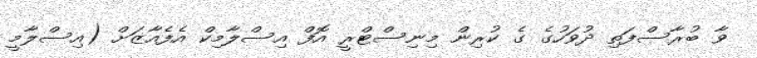
ވާ ބުރާސްފަތި ދުވަހުގެ ގެ ކުރިން މިނިސްޓްރީ އޮފް އިސްލާމިކް އެފެއާޒަށް (އިސްލާމީ